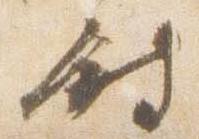
時